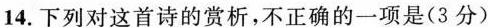
14. 下列对这首诗的赏析，不正确的-一项是(3分)